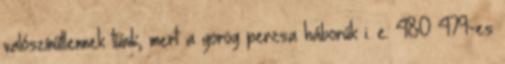
valószínűtlennek tűnik, mert a görög–perzsa háborúk i. e. 480–479-es